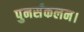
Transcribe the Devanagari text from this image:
पुनर्संकलन।